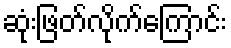
ဆုံးဖြတ်လိုက်ကြောင်း